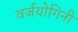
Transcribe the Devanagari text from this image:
वर्जयोगिनी